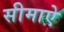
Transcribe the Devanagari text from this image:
सीमाऐ